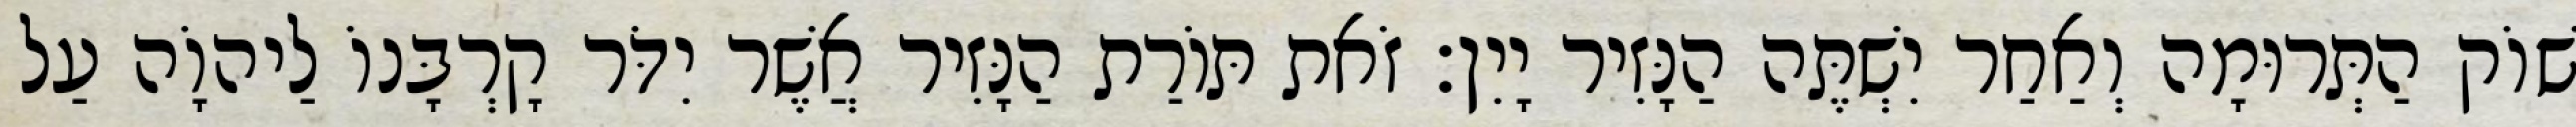
שׁוֹק הַתְּרוּמָה וְאַחַר יִשְׁתֶּה הַנָּזִיר יָיִן׃ זֹאת תּוֹרַת הַנָּזִיר אֲשֶׁר יִדֹּר קָרְבָּנוֹ לַיהוָֹה עַל